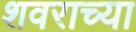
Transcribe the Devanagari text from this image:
शवराच्या